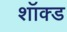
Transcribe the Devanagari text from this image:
शॉक्ड